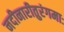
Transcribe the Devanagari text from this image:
नदीनारीतुरंगमाः